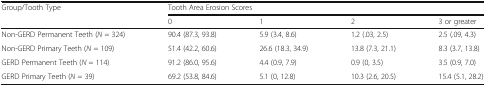
<table><thead><tr><td rowspan="2"><b>Group/Tooth Type</b></td><td colspan="4"><b>Tooth Area Erosion Scores</b></td></tr><tr><td><b>0</b></td><td><b>1</b></td><td><b>2</b></td><td><b>3 or greater</b></td></tr></thead><tbody><tr><td>Non-GERD Permanent Teeth (<i>N</i> = 324)</td><td>90.4 (87.3, 93.8)</td><td>5.9 (3.4, 8.6)</td><td>1.2 (.03, 2.5)</td><td>2.5 (.09, 4.3)</td></tr><tr><td>Non-GERD Primary Teeth (<i>N</i> = 109)</td><td>51.4 (42.2, 60.6)</td><td>26.6 (18.3, 34.9)</td><td>13.8 (7.3, 21.1)</td><td>8.3 (3.7, 13.8)</td></tr><tr><td>GERD Permanent Teeth (<i>N</i> = 114)</td><td>91.2 (86.0, 95.6)</td><td>4.4 (0.9, 7.9)</td><td>0.9 (0, 3.5)</td><td>3.5 (0.9, 7.0)</td></tr><tr><td>GERD Primary Teeth (<i>N</i> = 39)</td><td>69.2 (53.8, 84.6)</td><td>5.1 (0, 12.8)</td><td>10.3 (2.6, 20.5)</td><td>15.4 (5.1, 28.2)</td></tr></tbody></table>